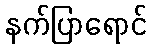
နက်ပြာရောင်